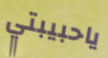
ياحبيبتي